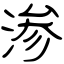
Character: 渗